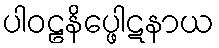
ပါဝဠနိပ္ဖေါဋနာယ